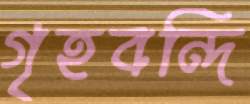
গৃহবন্দি